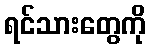
ရင်သားတွေကို